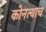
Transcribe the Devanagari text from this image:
कोनत्याच